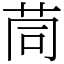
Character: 茼